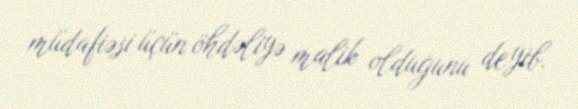
müdafiəsi üçün öhdəliyə malik olduğunu deyib.